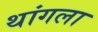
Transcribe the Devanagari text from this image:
थांगला